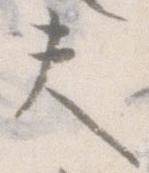
夫